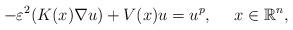
LaTeX: \begin{align*}-\varepsilon^2 (K(x)\nabla u) +V(x)u=u^{p},\ \ \ \ x\in \mathbb{R}^n,\end{align*}